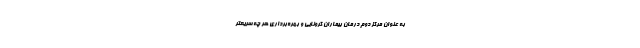
به عنوان مرکز دوم درمان بیماران کرونایی و بهره‌برداری هر چه سریعتر